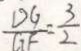
\frac { D G } { G F } = \frac { 3 } { 2 }